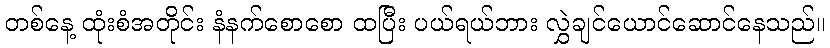
တစ်နေ့ ထုံးစံအတိုင်း နံနက်စောစော ထပြီး ပယ်ရယ်ဘား လွှဲချင်ယောင်ဆောင်နေသည်။